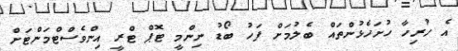
އެ ހުރިހާ ހުށަހެޅުންތައް ބެލުމަށް ފަހު ބޯޑު ނިންމީ ޓޮޕް ޓްރީ އިންވެސްޓްމަންޓަށް